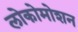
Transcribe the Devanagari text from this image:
लोकोमोशन